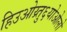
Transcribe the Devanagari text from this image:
हिउओय्र्तु६योओलो